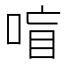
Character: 𰇸